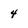
Character: 4